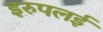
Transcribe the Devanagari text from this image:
इरुपलई